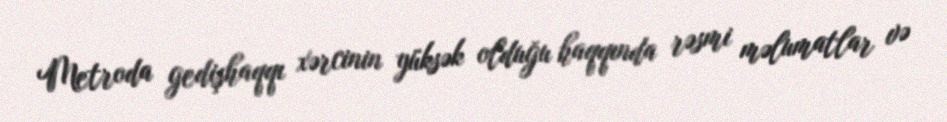
Metroda gedişhaqqı xərcinin yüksək olduğu haqqında rəsmi məlumatlar və